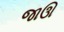
જાઊ